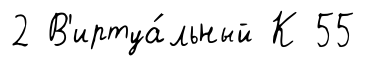
2 В'иртуа́льный К 55